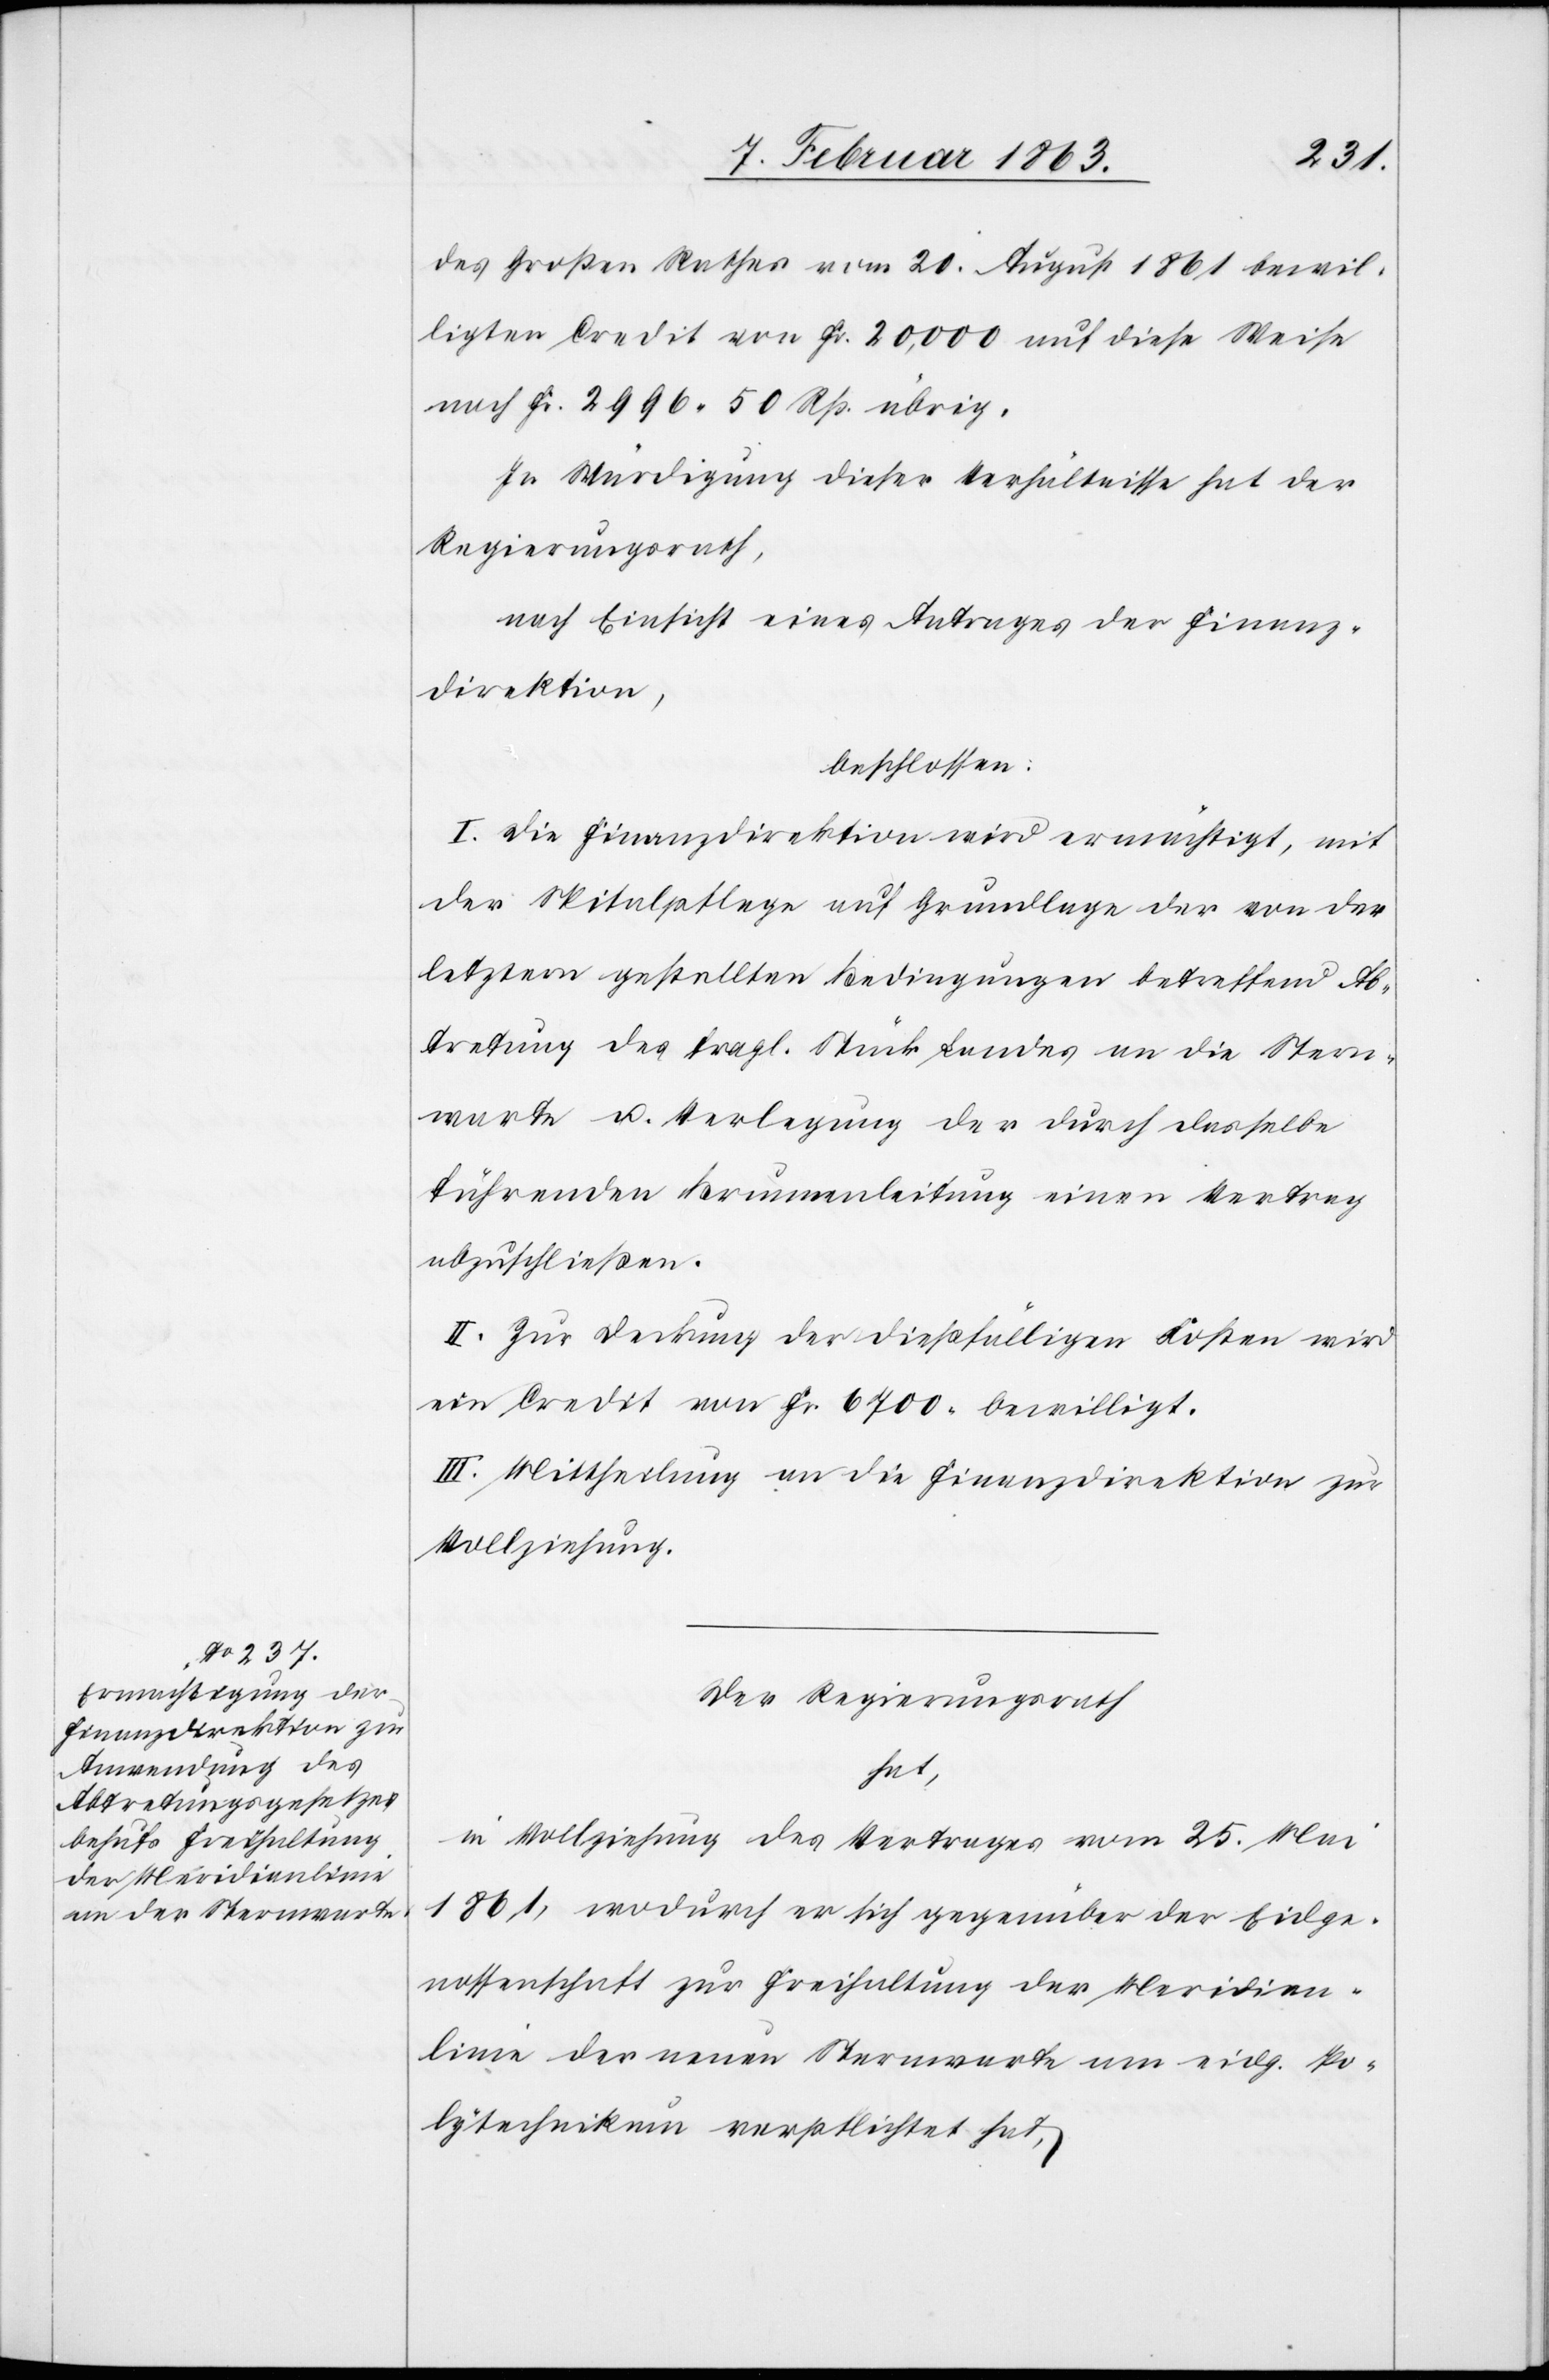
des Großen Rathes vom 21. August 1861 bewil¬
ligten Credit von Fr. 20,000 auf diese Weise
noch Fr. 2996. 50 Rp. übrig.
In Würdigung dieser Verhältnisse hat der
Regierungsrath,
nach Einsicht eines Antrages der Finanz¬
direktion,
beschlossen:
I. Die Finanzdirektion wird ermächtigt, mit
der Spitalpflege auf Grundlage der von der
letztern gestellten Bedingungen betreffend Ab¬
tretung des fragl. Stück Landes an die Stern¬
warte u. Verlegung der durch dasselbe
führenden Brunnenleitung einen Vertrag
abzuschließen.
II. Zur Deckung der dießfälligen Kosten wird
ein Credit von Fr. 6700. bewilligt.
III. Mittheilung an die Finanzdirektion zur
Vollziehung.
Der Regierungsrath
hat,
in Vollziehung des Vertrages vom 25. Mai
1861, wodurch er sich gegenüber der Eidge¬
nossenschaft zur Freihaltung der Meridian¬
linie der neuen Sternwarte am eidg. Po¬
lytechnikum verpflichtet hat,